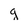
Character: g